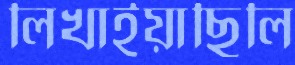
লিখাইয়াছিলি